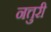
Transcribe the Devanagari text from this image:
नत्तुरी